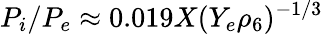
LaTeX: P_{i}/P_{e}\approx 0.019X(Y_{e}\rho_{6})^{-1/3}